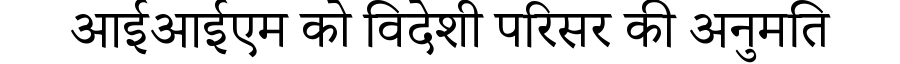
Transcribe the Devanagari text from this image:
आईआईएम को विदेशी परिसर की अनुमति